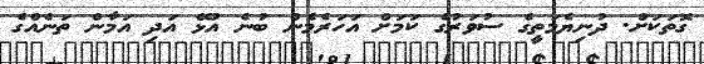
ގޮތަކަށް. ދުނިޔެމަތީގެ ސުވަރުގެ ކަމަށް އަހަރެމެން ބުނެ އުޅޭ އަދި އަމާން ތަނެއްގެ